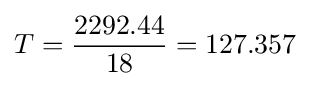
T={2292.44 \over 18}=127.357